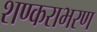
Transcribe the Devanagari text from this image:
शण्कराभरण